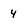
Character: 4